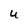
Character: u